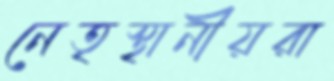
নেতৃস্থানীয়রা